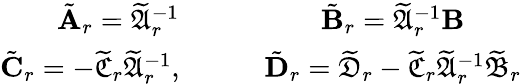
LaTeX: \begin{array}{cc}{\tilde{{{\textbf A}}}_{r}=\widetilde{\mathfrak{{A}}}_{r}^{-1}}&{\tilde{{{\textbf B}}}_{r}=\widetilde{\mathfrak{{A}}}_{r}^{-1}{\textbf B}}\\ {\tilde{{{\textbf C}}}_{r}=-\widetilde{\mathfrak{{C}}}_{r}\widetilde{\mathfrak{{A}}}_{r}^{-1},\qquad}&{\tilde{{{\textbf D}}}_{r}=\widetilde{\mathfrak{{D}}}_{r}-\widetilde{\mathfrak{{C}}}_{r}\widetilde{\mathfrak{{A}}}_{r}^{-1}\widetilde{\mathfrak{{B}}}_{r}}\end{array}